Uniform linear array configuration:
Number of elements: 64
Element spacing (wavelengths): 0.5
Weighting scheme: hamming
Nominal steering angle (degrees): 45
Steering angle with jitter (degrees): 44.971
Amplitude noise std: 0.05
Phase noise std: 0.05

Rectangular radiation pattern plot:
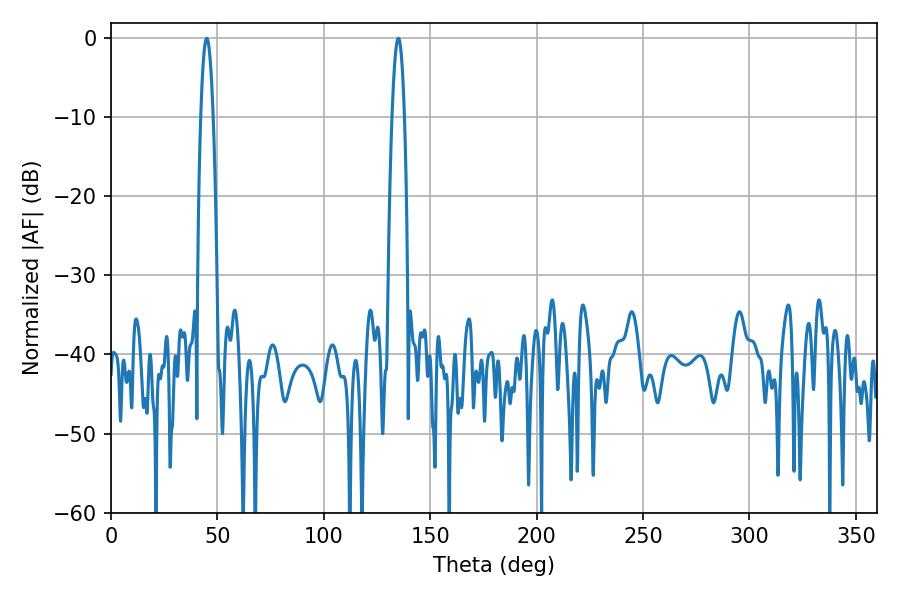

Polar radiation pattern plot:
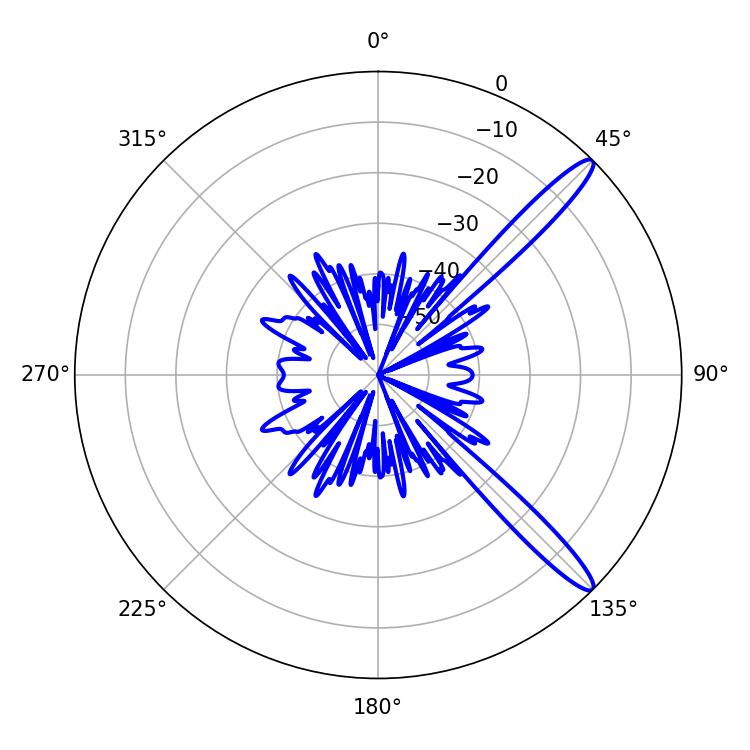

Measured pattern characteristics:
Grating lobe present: FALSE
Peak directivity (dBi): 13.662
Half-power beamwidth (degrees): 3.24
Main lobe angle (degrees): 45